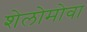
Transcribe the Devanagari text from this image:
शेलोमोवा